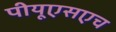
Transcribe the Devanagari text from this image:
पीयूएसएच